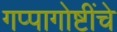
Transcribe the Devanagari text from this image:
गप्पागोष्टींचे